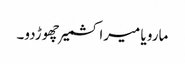
مارو یا میرا کشمیر چھوڑدو۔